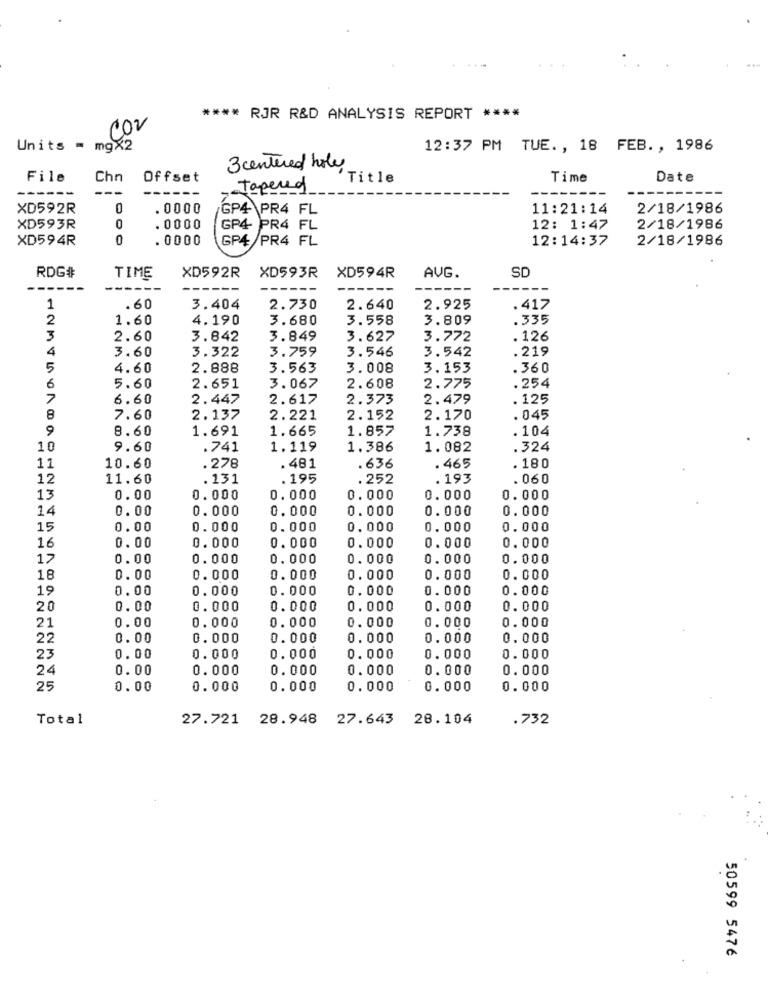
**** RJR R&D ANALYSIS REPORT ****
Co2
mg×2
Units =
12:37 PM TUE. , 18 FEB. , 1986
3 centered hole
File
Chn
Offset
'Title
Time
Date
---
Taper of
XD592R
0000
/GP4 PR4 FL
11:21:14
2/18/1986
XD593R
. 0000
GP4 PR4 FL
12: 1:47
2/18/1986
XD594R
0
. 0000
GP4 /PR4 FL
12:14:37
2/18/1986
AVG.
SD
RDG#
TIME
XD592R
XD593R
XD594R
-----
------
1
.60
3.404
2.730
2.640
2.925
.417
2
1.60
4.190
3.680
3.558
3.809
.335
3
2.60
3.842
3.849
3.627
3.772
. 126
4
3.60
3.322
3.759
3.546
3.542
.219
5
4.60
2.888
3.563
3.008
3. 153
.360
2.608
.254
6
5.60
2.651
3.067
2.775
7
6.60
2.447
2.617
2.373
2.479
. 125
8
7.60
2.137
2.221
2.152
2.170
. 045
9
8.60
1.691
1.665
1.857
1.738
. 104
10
9.60
.741
1.119
1.386
1.082
.324
11
10.60
.278
. 481
. 636
. 465
. 180
12
11.60
.131
.195
.252
. 193
. 060
13
0.00
0.000
0.000
0. 000
0.000
0.000
14
0.00
0.000
0.000
0.000
0.000
0.000
15
0.00
0.000
0.000
0,000
0.000
0.000
16
0.00
0.000
0.000
0.000
0.000
0.000
17
0.00
0.000
0.000
0.000
0.000
0.000
18
0.00
0. 000
0.000
0.000
0.000
0.000
19
0.00
0.000
0.000
0.000
0.000
0.000
20
0.00
0.000
0.000
0.000
0.000
0.000
0.00
0.000
0.000
21
0.000
0. 000
0.000
22
0.00
0.000
0.000
0.000
0.000
0.000
23
0.00
0.000
0.000
0.000
0.000
0.000
24
0.00
0.000
0.000
0.000
0.000
0.000
25
0.00
0.000
0.000
0.000
0.000
0.000
Total
27.721 28.948 27.643 28.104
.732
50599 5476